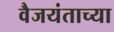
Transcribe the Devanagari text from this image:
वैजयंताच्या